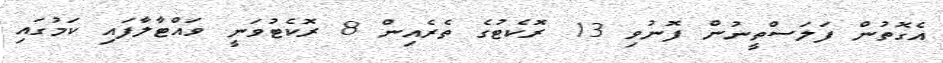
އެގޮތުން ފަލަސްތީނުން ފޮނުވި 13 ރޮކެޓުގެ ތެރެއިން 8 ރޮކެޓުވަނީ ވައްޓާލާފައި ކަމުގައި